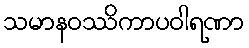
သမာနဝဿိကာပဝါရဏာ